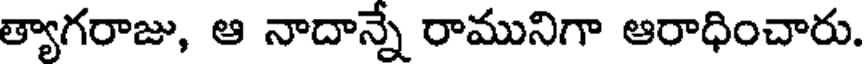
త్యాగరాజు, ఆ నాదాన్నే రామునిగా ఆరాధించారు.